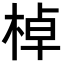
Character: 棹